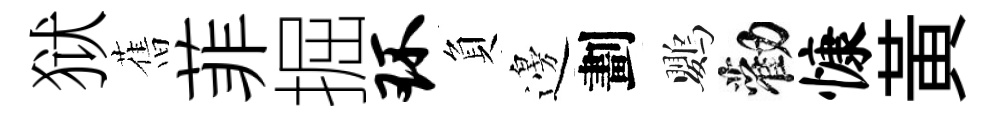
狱𦾔菲掘环負邊劃鸚勸慷黃